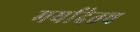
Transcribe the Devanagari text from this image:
मर्यादेतच